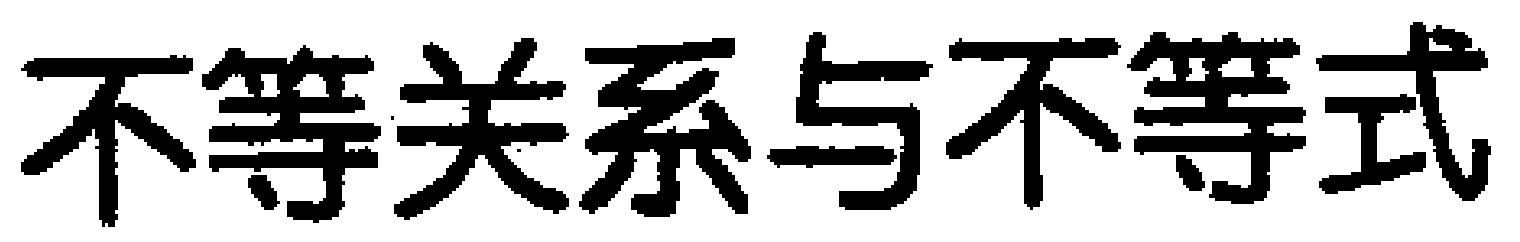
不等关系与不等式